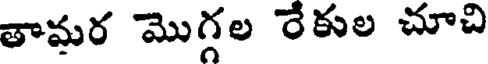
తామర మొగ్గల రేకుల చూచి